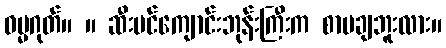
ဓမ္မဂုတ်။ ။ ဆီးပင်ကျောင်းဘုန်းကြီးက စာမချဘူးလား။